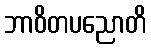
ဘာဝိတပညောတိ